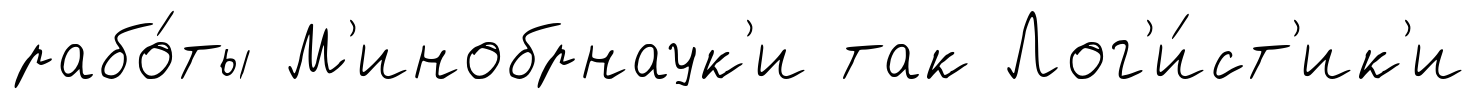
рабо́ты М'инобрнаук'и так Лог'и́ст'ик'и